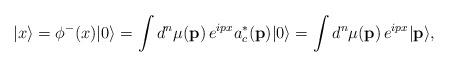
LaTeX: \begin{align*}\vert x\rangle=\phi^{-}(x)\vert0\rangle &= \int d^n\mu(\mathbf{p}) \,e^{ipx}a_{c}^{*}(\mathbf{p})\vert0\rangle = \int d^n\mu(\mathbf{p}) \,e^{ipx} \vert \mathbf{p}\rangle,\end{align*}